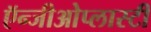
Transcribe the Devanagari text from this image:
ऍन्जीओेप्लास्टी